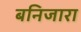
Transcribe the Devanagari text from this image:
बनिजारा